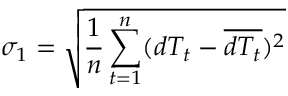
\sigma _ { 1 } = \sqrt { \frac { 1 } { n } \sum _ { t = 1 } ^ { n } ( d T _ { t } - \overline { { d T _ { t } } } ) ^ { 2 } }